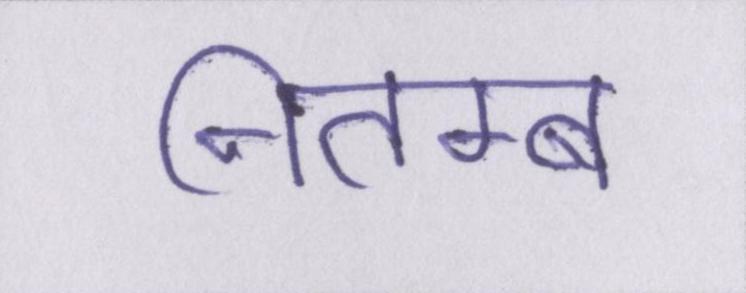
नितम्ब